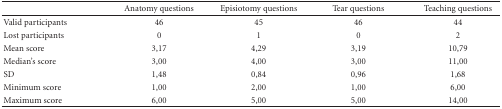
<table><thead><tr><td></td><td><b>Anatomy questions</b></td><td><b>Episiotomy questions</b></td><td><b>Tear questions</b></td><td><b>Teaching questions</b></td></tr></thead><tbody><tr><td>Valid participants</td><td>46</td><td>45</td><td>46</td><td>44</td></tr><tr><td>Lost participants</td><td>0</td><td>1</td><td>0</td><td>2</td></tr><tr><td>Mean score</td><td>3,17</td><td>4,29</td><td>3,19</td><td>10,79</td></tr><tr><td>Median&#x27;s score</td><td>3,00</td><td>4,00</td><td>3,00</td><td>11,00</td></tr><tr><td>SD</td><td>1,48</td><td>0,84</td><td>0,96</td><td>1,68</td></tr><tr><td>Minimum score</td><td>1,00</td><td>2,00</td><td>1,00</td><td>6,00</td></tr><tr><td>Maximum score</td><td>6,00</td><td>5,00</td><td>5,00</td><td>14,00</td></tr></tbody></table>